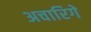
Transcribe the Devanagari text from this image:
अचारिगे